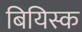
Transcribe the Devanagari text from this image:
बियिस्क